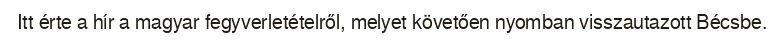
Itt érte a hír a magyar fegyverletételről, melyet követően nyomban visszautazott Bécsbe.